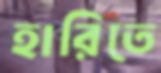
হারিতে